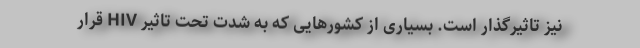
نیز تاثیرگذار است. بسیاری از کشورهایی که به‌ شدت تحت تاثیر HIV قرار